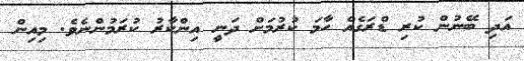
އަދި ބޭނުން ކުރި ޑްރަގެއް ހާމަ ކުރުމަށް ދަނީ އިންކާރު ކުރަމުންނެވެ. މިއިން